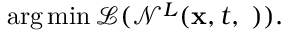
\arg \operatorname* { m i n } _ { { \bf \phi } } \mathcal { L } ( \mathcal { N } ^ { L } ( { \bf x } , t , { \bf \phi } ) ) .